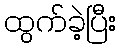
ထွက်ခဲ့ပြီး